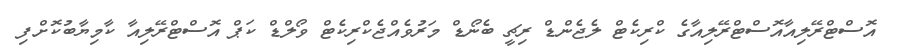
އޮސްޓްރޭލިއާއޮސްޓްރޭލިއާގެ ކްރިކެޓް ލެޖެންޑް ރިޗީ ބެނޯޑް މަރުވެއްޖެކްރިކެޓް ވޯލްޑް ކަޕް އޮސްޓްރޭލިއާ ކާމިޔާބުކޮށްފި